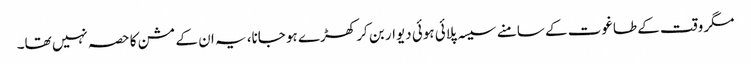
مگر وقت کے طاغوت کے سامنے سیسہ پلائی ہوئی دیوار بن کر کھڑے ہو جانا، یہ ان کے مشن کا حصہ نہیں تھا۔